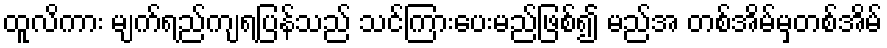
ထူလိကား မျက်ရည်ကျရပြန်သည် သင်ကြားပေးမည်ဖြစ်၍ မည်အ တစ်အိမ်မှတစ်အိမ်